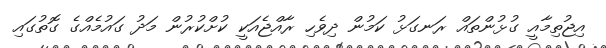
އިޖުތިމާއީ ގުޅުންތައް ރަނގަޅު ކަމުން ދިވެހި ރާއްޖެއަކީ ކުށްކުރުން މަދު ގައުމެއްގެ ގޮތުގައި